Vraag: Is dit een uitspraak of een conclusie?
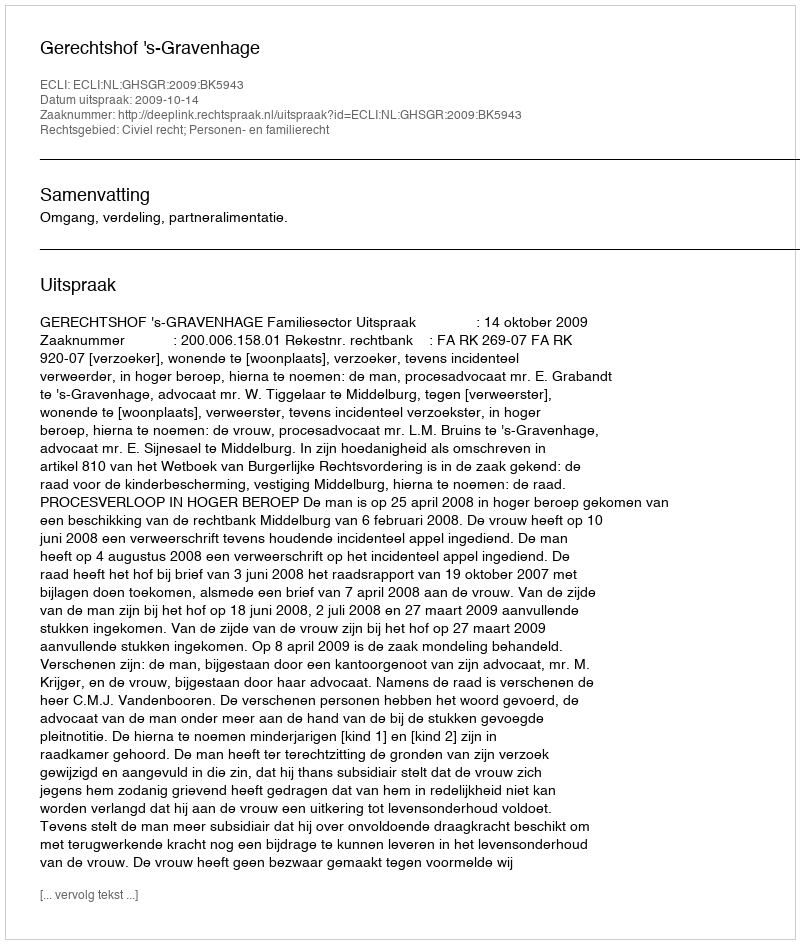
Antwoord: Uitspraak